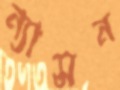
ন্যাসন